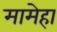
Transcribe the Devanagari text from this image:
मामेहा